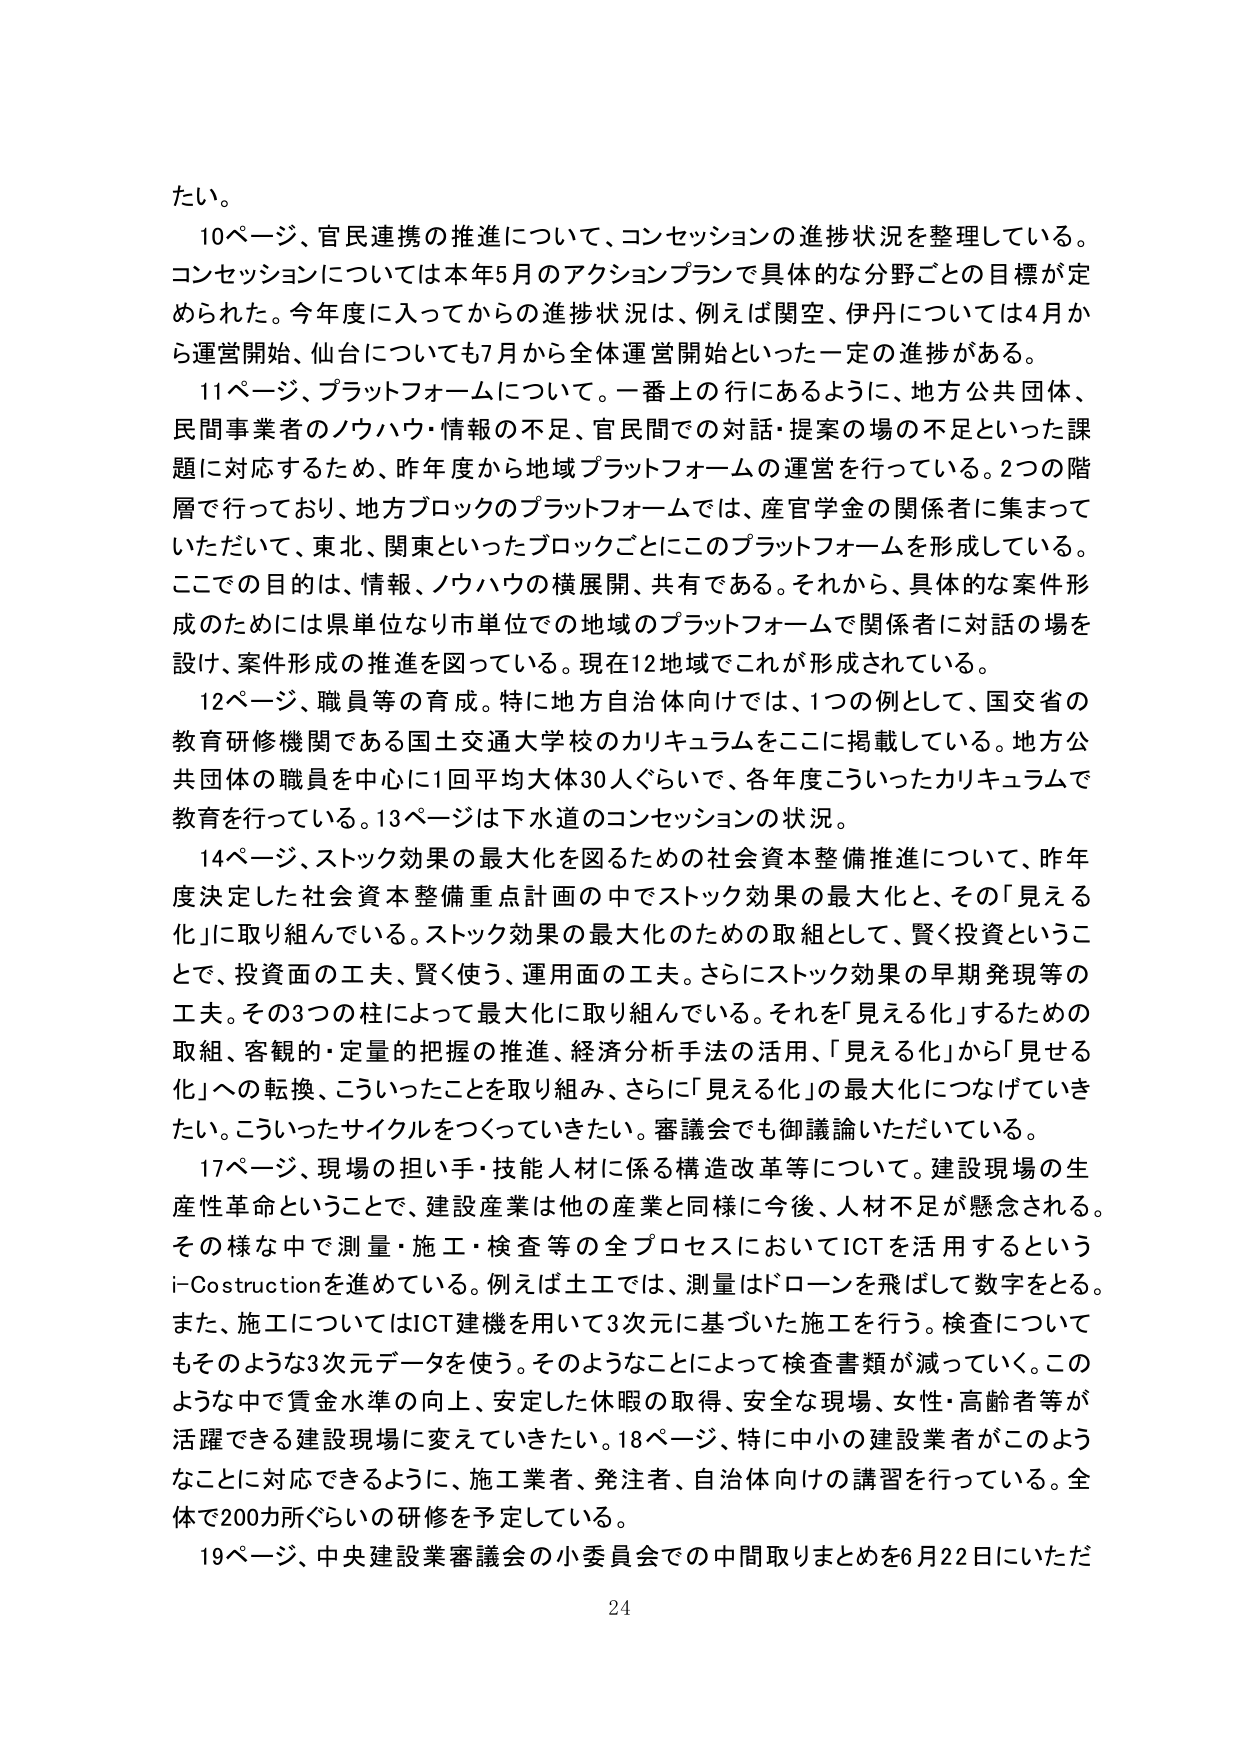
たい。

10ページ、官民連携の推進について、コンセッションの進捗状況を整理している。コンセッションについては本年5月のアクションプランで具体的な分野ごとの目標が定められた。今年度に入ってからの進捗状況は、例えば関空、伊丹については4月から運営開始、仙台についても7月から全体運営開始といった一定の進捗がある。

11ページ、プラットフォームについて。一番上の行にあるように、地方公共団体、民間事業者のノウハウ・情報の不足、官民間での対話・提案の場の不足といった課題に対応するため、昨年度から地域プラットフォームの運営を行っている。2つの階層で行っており、地方ブロックのプラットフォームでは、産官学金の関係者に集まっていただいて、東北、関東といったブロックごとにこのプラットフォームを形成している。ここでの目的は、情報、ノウハウの横展開、共有である。それから、具体的な案件形成のためには県単位なり市単位での地域のプラットフォームで関係者に対話の場を設け、案件形成の推進を図っている。現在12地域でこれが形成されている。

12ページ、職員等の育成。特に地方自治体向けでは、1つの例として、国交省の教育研修機関である国土交通大学校のカリキュラムをここに掲載している。地方公共団体の職員を中心に1回平均大体30人ぐらいで、各年度こういったカリキュラムで教育を行っている。13ページは下水道のコンセッションの状況。

14ページ、ストック効果の最大化を図るための社会資本整備推進について、昨年度決定した社会資本整備重点計画の中でストック効果の最大化と、その「見える化」に取り組んでいる。ストック効果の最大化のための取組として、賢く投資ということで、投資面の工夫、賢く使う、運用面の工夫。さらにストック効果の早期発現等の工夫。その3つの柱によって最大化に取り組んでいる。それを「見える化」するための取組、客観的・定量的把握の推進、経済分析手法の活用、「見える化」から「見せる化」への転換、こういったことを取り組み、さらに「見える化」の最大化につなげていきたい。こういったサイクルをつくっていきたい。審議会でも御議論いただいている。

17ページ、現場の担い手・技能人材に係る構造改革等について。建設現場の生産性革命ということで、建設産業は他の産業と同様に今後、人材不足が懸念される。その様な中で測量・施工・検査等の全プロセスにおいてICTを活用するというi-Costructionを進めている。例えば土工では、測量はドローンを飛ばして数字をとる。また、施工についてはICT建機を用いて3次元に基づいた施工を行う。検査についてもそのような3次元データを使う。そのようなことによって検査書類が減っていく。このような中で賃金水準の向上、安定した休暇の取得、安全な現場、女性・高齢者等が活躍できる建設現場に変えていきたい。18ページ、特に中小の建設業者がこのようなことに対応できるように、施工業者、発注者、自治体向けの講習を行っている。全体で200カ所ぐらいの研修を予定している。

19ページ、中央建設業審議会の小委員会での中間取りまとめを6月22日にいただ

24